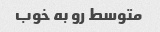
متوسط رو به خوب